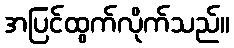
အပြင်ထွက်လိုက်သည်။